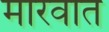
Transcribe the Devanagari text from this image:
मारवात